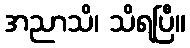
အညာသိ၊ သိရပြီ။